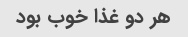
هر دو غذا خوب بود